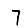
Digit: 7